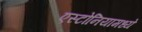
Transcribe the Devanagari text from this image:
एस्टोनियामध्ये